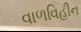
વાળવિહીન